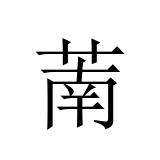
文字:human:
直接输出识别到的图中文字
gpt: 萳